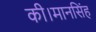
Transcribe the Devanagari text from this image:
की।मानसिंह